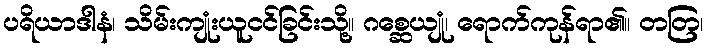
ပရိယာဒါနံ၊ သိမ်းကျုံးယူငင်ခြင်းသို့။ ဂစ္ဆေယျုံ၊ ရောက်ကုန်ရာ၏။ တတြ၊